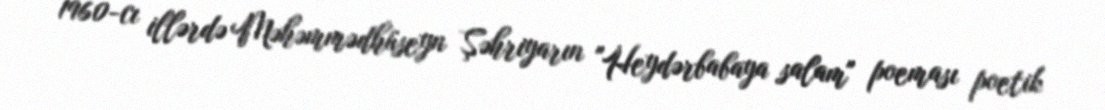
1960-cı illərdə Məhəmmədhüseyn Şəhriyarın "Heydərbabaya salam" poeması poetik